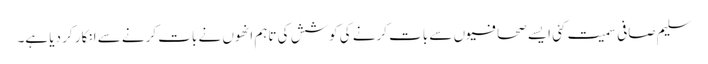
سلیم صافی سمیت کئی ایسے صحافیوں سے بات کرنے کی کوشش کی تاہم انھوں نے بات کرنے سے انکار کر دیا ہے۔